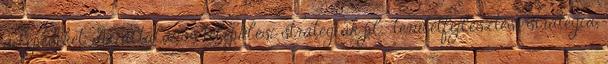
a lépéseket. Az általános települési stratégiák pl.: területfejlesztési stratégia,